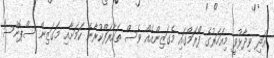
އަދި ވިދާޅުވީ މިއަހަރުގެ ފޯރަމްގައި މެގަޒިންއެއް ވެސް ތައާރަފްކުރާނެ ކަމަށާއި މަގަޒިން ސްޕޮންސަ